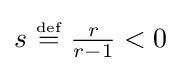
s~{\stackrel {\scriptscriptstyle {\text{def}}}{=}}~{\tfrac {r}{r-1}}<0